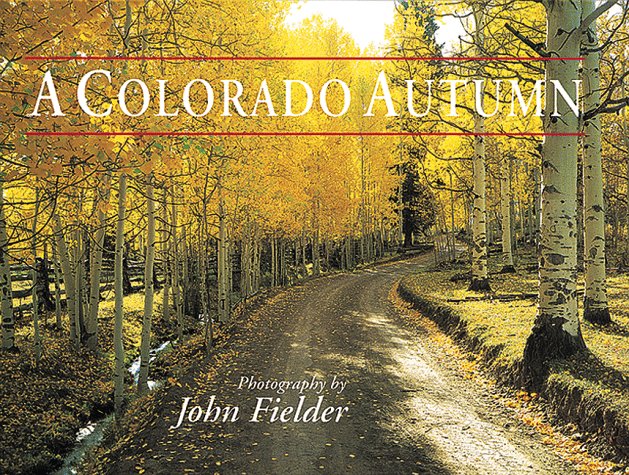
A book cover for Colorado Autumn; John Fielder; Travel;